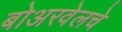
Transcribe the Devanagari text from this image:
बोअरवेलचे